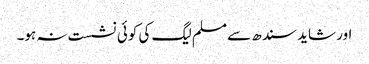
اور شاید سندھ سے مسلم لیگ کی کوئی نشست نہ ہو۔